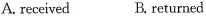
A. received B. Returned